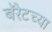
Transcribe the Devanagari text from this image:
बॅरेटच्या